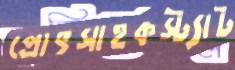
প্রোৎসাহকস্ট্যাট